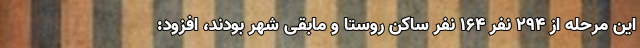
این مرحله از ۲۹۴ نفر ۱۶۴ نفر ساکن روستا و مابقی شهر بودند، افزود: